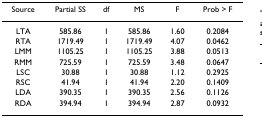
<table><thead><tr><td><b>Source</b></td><td><b>Partial SS</b></td><td><b>df</b></td><td><b>MS</b></td><td><b>F</b></td><td><b>Prob &gt; F</b></td></tr></thead><tbody><tr><td>LTA</td><td>585.86</td><td>1</td><td>585.86</td><td>1.60</td><td>0.2084</td></tr><tr><td>RTA</td><td>1719.49</td><td>1</td><td>1719.49</td><td>4.07</td><td>0.0462</td></tr><tr><td>LMM</td><td>1105.25</td><td>1</td><td>1105.25</td><td>3.88</td><td>0.0513</td></tr><tr><td>RMM</td><td>725.59</td><td>1</td><td>725.59</td><td>3.48</td><td>0.0647</td></tr><tr><td>LSC</td><td>30.88</td><td>1</td><td>30.88</td><td>1.12</td><td>0.2925</td></tr><tr><td>RSC</td><td>41.94</td><td>1</td><td>41.94</td><td>2.20</td><td>0.1409</td></tr><tr><td>LDA</td><td>390.35</td><td>1</td><td>390.35</td><td>2.56</td><td>0.1126</td></tr><tr><td>RDA</td><td>394.94</td><td>1</td><td>394.94</td><td>2.87</td><td>0.0932</td></tr></tbody></table>